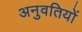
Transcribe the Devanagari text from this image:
अनुवतियों